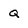
Character: Q